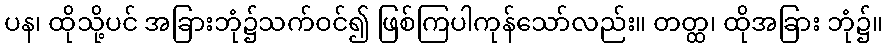
ပန၊ ထိုသို့ပင် အခြားဘုံ၌သက်ဝင်၍ ဖြစ်ကြပါကုန်သော်လည်း။ တတ္ထ၊ ထိုအခြား ဘုံ၌။